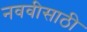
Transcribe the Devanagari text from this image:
नववीसाठी